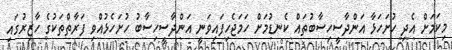
މިކަމަށް އެދި ހުށަހަޅާ އަންދާސީހިސާބުތައް ކެނޑުމަށް ހަމަޖެހިފައިވަނީ އަންދާސީހިސާބު ހުށަހެޅުއްވި ފަރާތްތަކުގެ ހާޒިރުގައި